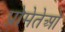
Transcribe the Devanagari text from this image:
प्रोमेतेओ